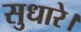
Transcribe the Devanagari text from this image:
सुधारे।